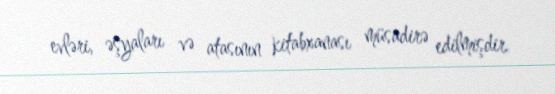
evləri, əşyaları və atasının kitabxanası müsadirə edilmişdir.